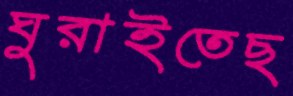
ঘুরাইতেছ